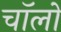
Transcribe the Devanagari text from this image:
चॉलों